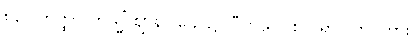
၈၃။ တတ္ထ- တသ္မိံ ဈာနပါဌေ၊ ၌။ ပီတိယာ စ ဝိရာဂါတိ၊ ကား။